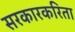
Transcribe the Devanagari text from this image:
सरकारकरिता